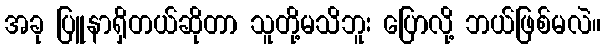
အခု ပြူနာရှိတယ်ဆိုတာ သူတို့မသိဘူး ပြောလို့ ဘယ်ဖြစ်မလဲ။